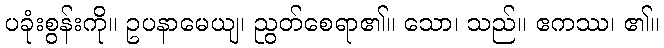
ပခုံးစွန်းကို။ ဥပနာမေယျ၊ ညွတ်စေရာ၏။ သော၊ သည်။ ဧကဿ၊ ၏။